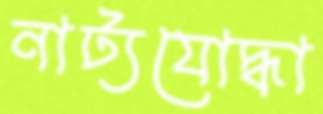
নাট্যযোদ্ধা